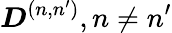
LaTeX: \boldsymbol{D}^{(n,n^{\prime})},n\ne n^{\prime}